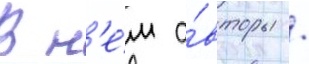
В н'е́м а́вторы /